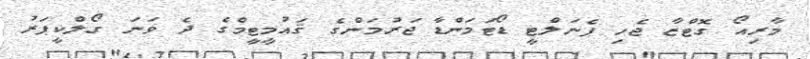
މާރިއޯ ގޮޓްޒާ ޖެހި ޕެނަލްޓީ ޑޯޓަމަންޑާ ޖަރުމަންގެ ޤައުމީޓީމްގެ ދެ ވަނަ ގޯލްކީޕަރު